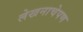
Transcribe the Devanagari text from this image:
लेखनाचेपण